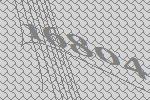
16804